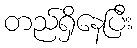
တည်ရှိနေပြီး